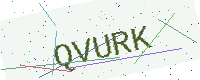
Text: QVURK